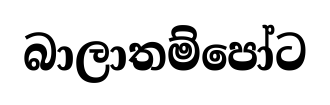
බාලාතම්පෝට